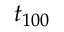
t _ { 1 0 0 }